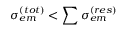
\sigma _ { e m } ^ { ( t o t ) } < \sum \sigma _ { e m } ^ { ( r e s ) }